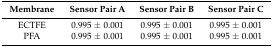
<table><thead><tr><td><b>Membrane</b></td><td><b>Sensor Pair A</b></td><td><b>Sensor Pair B</b></td><td><b>Sensor Pair C</b></td></tr></thead><tbody><tr><td>ECTFE</td><td>0.995 ± 0.001</td><td>0.995 ± 0.001</td><td>0.995 ± 0.001</td></tr><tr><td>PFA</td><td>0.995 ± 0.001</td><td>0.995 ± 0.001</td><td>0.995 ± 0.001</td></tr></tbody></table>